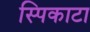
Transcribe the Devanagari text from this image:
स्पिकाटा